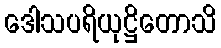
ဒေါသပရိယုဋ္ဌိတောသိ